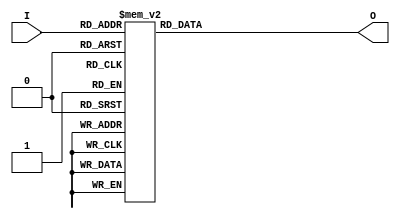
module binary_encoder (
    input wire [3:0] I, // 4 input lines
    output reg [1:0] O  // 2 output lines
);

always @(*) begin
    case (I)
        4'b0001: O = 2'b00; // I[0] is active
        4'b0010: O = 2'b01; // I[1] is active
        4'b0100: O = 2'b10; // I[2] is active
        4'b1000: O = 2'b11; // I[3] is active
        4'b0011: O = 2'b01; // I[1] and I[0] active, I[1] has priority
        4'b0101: O = 2'b10; // I[2] and I[0] active, I[2] has priority
        4'b0110: O = 2'b10; // I[2] and I[1] active, I[2] has priority
        4'b1001: O = 2'b11; // I[3] and I[0] active, I[3] has priority
        4'b1010: O = 2'b11; // I[3] and I[1] active, I[3] has priority
        4'b1100: O = 2'b11; // I[3] and I[2] active, I[3] has priority
        4'b1111: O = 2'b11; // I[3] is active, I[1] and I[2] are also active but I[3] has priority
        default: O = 2'b00; // No active input or undefined state, output is 00
    endcase
end

endmodule